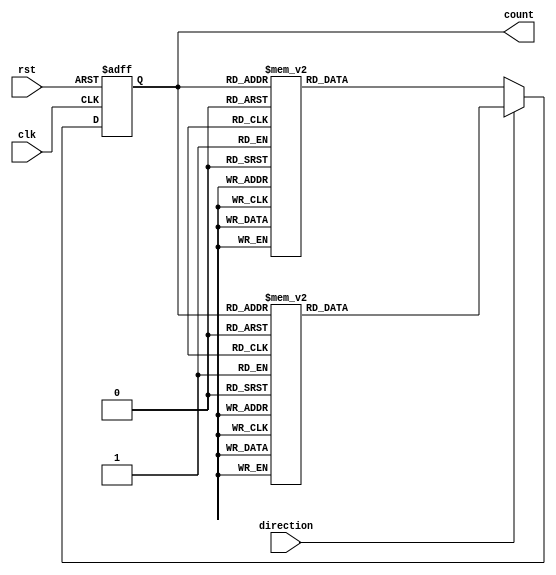
module BidirectionalGrayCounter (
    input wire clk, // Clock signal
    input wire rst, // Reset signal
    input wire direction, // Direction control signal
    output reg [3:0] count // 4-bit Gray counter output
);

reg [3:0] next_count;

always @(posedge clk or posedge rst) begin
    if (rst) begin
        count <= 4'b0000;
    end else begin
        if (direction) begin // Count up
            case(count)
                4'b0000: next_count = 4'b0001;
                4'b0001: next_count = 4'b0011;
                4'b0011: next_count = 4'b0010;
                4'b0010: next_count = 4'b0110;
                4'b0110: next_count = 4'b0111;
                4'b0111: next_count = 4'b0101;
                4'b0101: next_count = 4'b0100;
                4'b0100: next_count = 4'b1100;
                4'b1100: next_count = 4'b1101;
                4'b1101: next_count = 4'b1111;
                4'b1111: next_count = 4'b1110;
                4'b1110: next_count = 4'b1010;
                4'b1010: next_count = 4'b1011;
                4'b1011: next_count = 4'b1001;
                4'b1001: next_count = 4'b1000;
                4'b1000: next_count = 4'b0000;
            endcase
        end else begin // Count down
            case(count)
                4'b0000: next_count = 4'b1000;
                4'b1000: next_count = 4'b1001;
                4'b1001: next_count = 4'b1011;
                4'b1011: next_count = 4'b1010;
                4'b1010: next_count = 4'b1110;
                4'b1110: next_count = 4'b1111;
                4'b1111: next_count = 4'b1101;
                4'b1101: next_count = 4'b1100;
                4'b1100: next_count = 4'b0100;
                4'b0100: next_count = 4'b0101;
                4'b0101: next_count = 4'b0111;
                4'b0111: next_count = 4'b0110;
                4'b0110: next_count = 4'b0010;
                4'b0010: next_count = 4'b0011;
                4'b0011: next_count = 4'b0001;
                4'b0001: next_count = 4'b0000;
            endcase
        end
        
        count <= next_count;
    end
end

endmodule